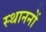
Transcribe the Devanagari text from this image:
स्थाननों